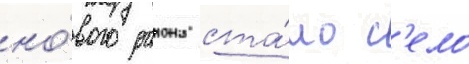
но́вого раиона ста́ло с'ело